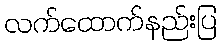
လက်ထောက်နည်းပြ